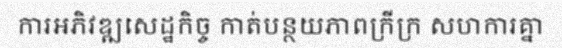
ការអភិវឌ្ឍសេដ្ឋកិច្ច កាត់បន្ថយភាពក្រីក្រ សហការគ្នា